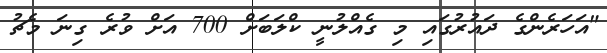
"އަހަރެންގެ ދައުރުގައި މި ގެއްލުނީ ކްލަބަށް 700 އަށް ވުރެ ގިނަ މެޗު